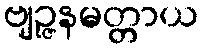
ဗျဉ္ဇနမတ္တာယ